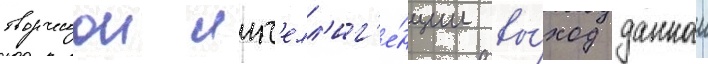
творческои инт'елл'иг'е́нции вы́ход даннои